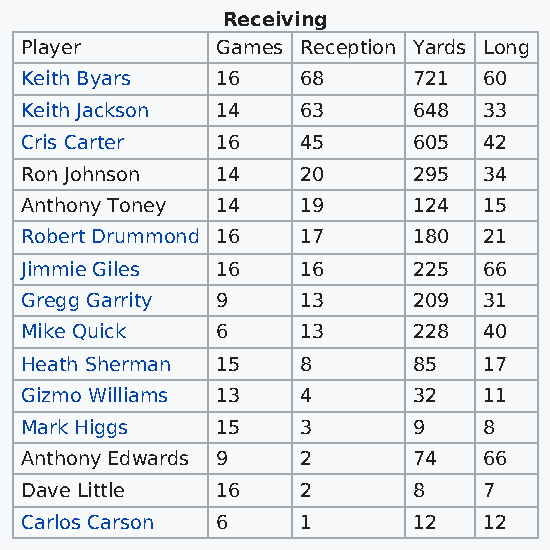
Receiving
 Player       Games Reception Yards Long
 Keith Byars  16    68     721  60
 Keith Jackson 14   63     648  33
 Cris Carter  16    45     605  42
 Ron Johnson  14    20     295  34
 Anthony Toney 14   19     124  15
 Robert Drummond 16 17     180  21
 Jimmie Giles 16    16     225  66
 Gregg Garrity 9    13     209  31
 Mike Quick   6     13     228  40
 Heath Sherman 15   8      85   17
 Gizmo Williams 13  4      32   11
 Mark Higgs   15    3      9    8
 Anthony Edwards 9  2      74   66
 Dave Little  16    2      8    7
 Carlos Carson 6    1      12   12